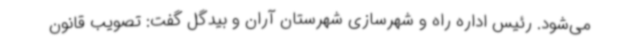
می‌شود. رئیس اداره راه و شهرسازی شهرستان آران و بیدگل گفت: تصویب قانون